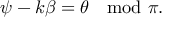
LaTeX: \psi - k \beta = \theta \mod \pi .